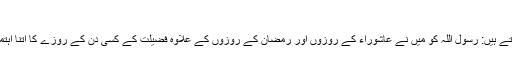
(مسلم)
سیدنا ابنِ عباسؓ فرماتے ہیں: رسول اللہؐ کو مَیں نے عاشوراء کے روزوں اور رمضان کے روزوں کے علاوہ فضیلت کے کسی دن کے روزے کا اتنا اہتمام کرتے نہیں دیکھا۔